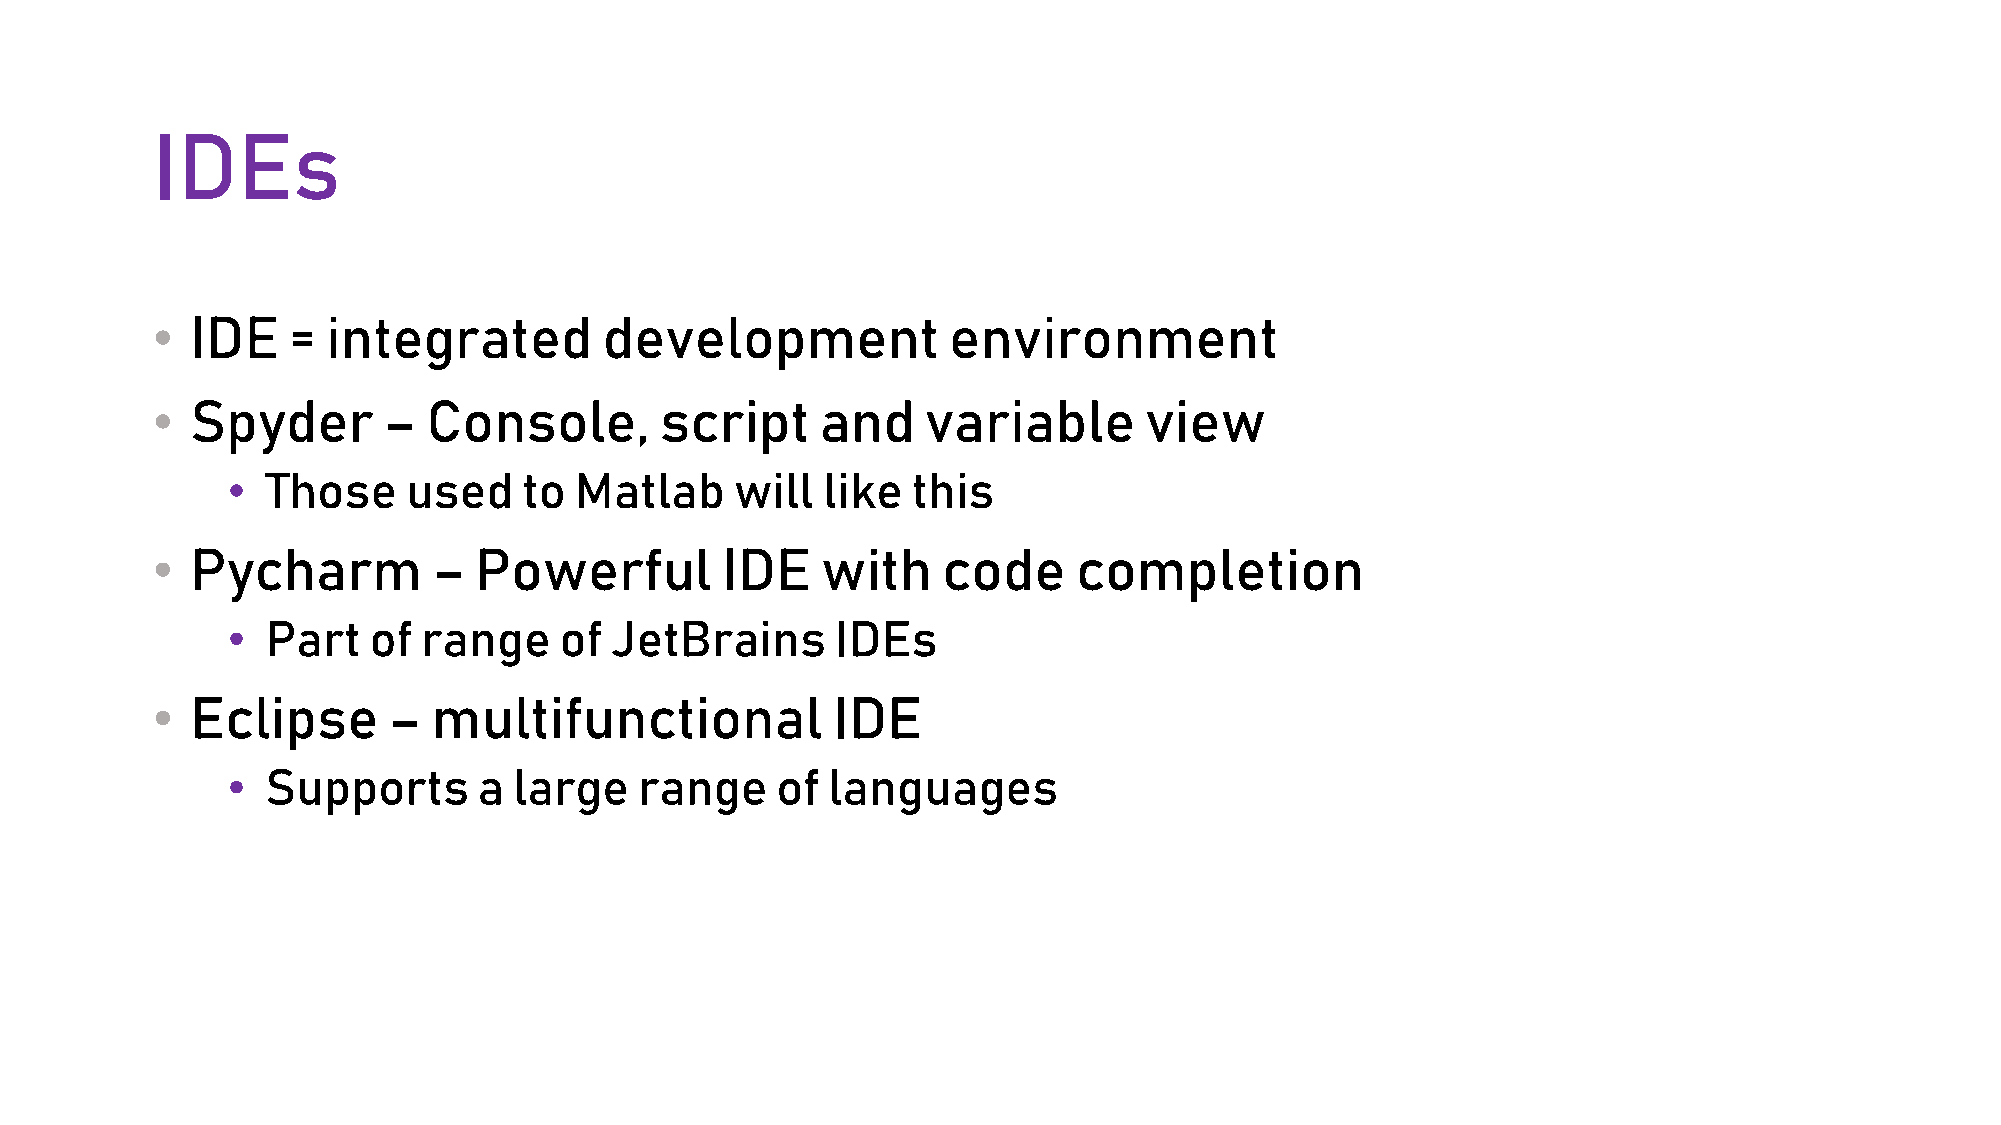
IDEs
 •  IDE   =  integrated        development            environment
 •  Spyder      –  Console,        script    and    variable       view
 •  Those    used    to Matlab     will like  this
 •  Pycharm         – Powerful         IDE   with    code     completion
 •  Part  of  range    of JetBrains      IDEs
 •  Eclipse      –  multifunctional           IDE
 •  Supports      a large   range    of  languages